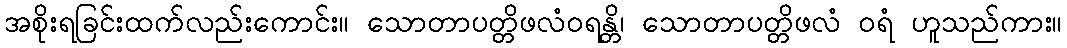
အစိုးရခြင်းထက်လည်းကောင်း။ သောတာပတ္တိဖလံဝရန္တိ၊ သောတာပတ္တိဖလံ ဝရံ ဟူသည်ကား။